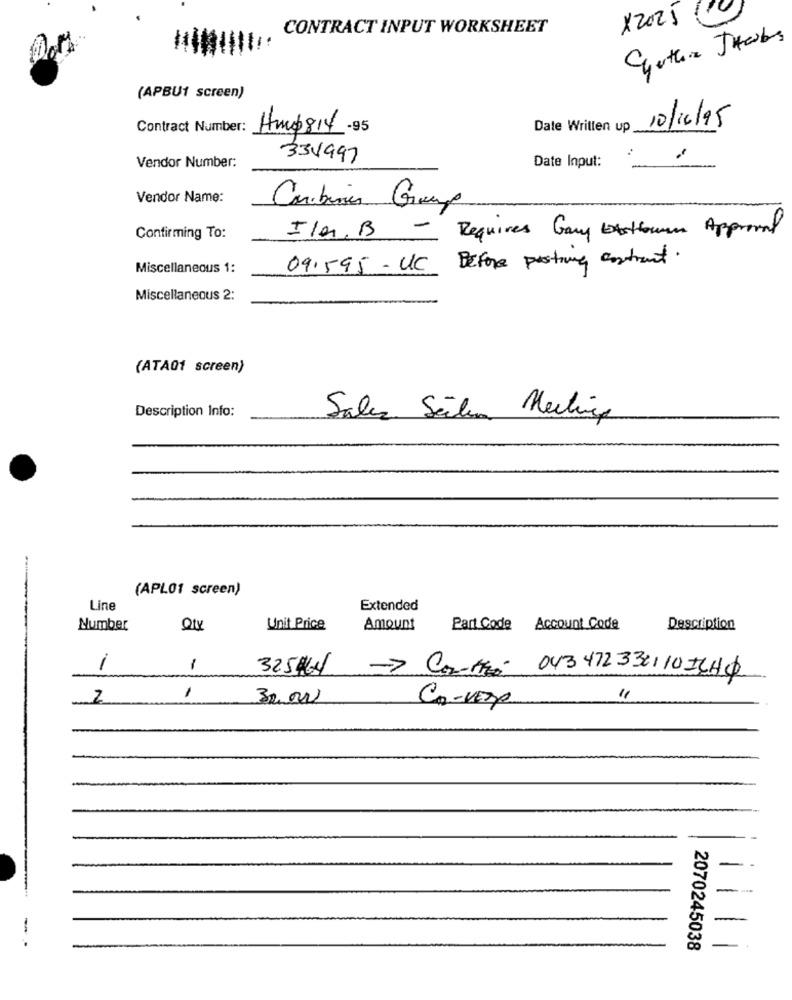
X2021
CONTRACT INPUT WORKSHEET
(APBU1 screen)
10/16/95
Contract Number:
Hmp814.95
Date Written up
334997
Vendor Number:
Date Input:
Vendor Name:
Carabines Group
Confirming To:
Ila, B -
Requires Gary beroun Approval
09.595 -UC Before posting contract.
Miscellaneous 1:
Miscellaneous 2:
(ATA01 screen)
Description Info:
Salez Selim Meeting
(APLO1 screen)
Line
Extended
Number
Qty
Unit Price
Amount
Part Code Account Code
Description
1
1
325#8 -> Con-fifa 043472332110 ICHQ
2
1
30. 000
Co-VEDR
-
2070245038
11